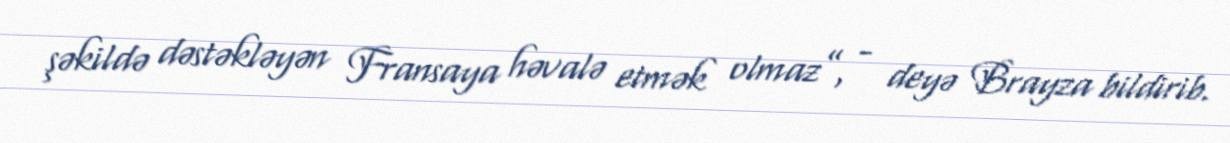
şəkildə dəstəkləyən Fransaya həvalə etmək olmaz”, - deyə Brayza bildirib.